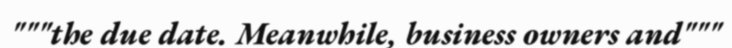
"""the due date. Meanwhile, business owners and"""